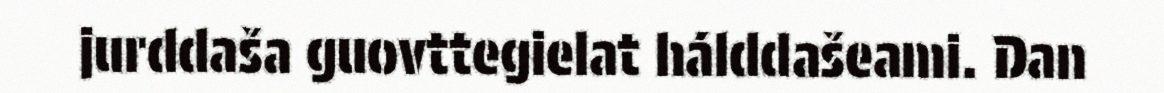
jurddaša guovttegielat hálddašeami. Dan